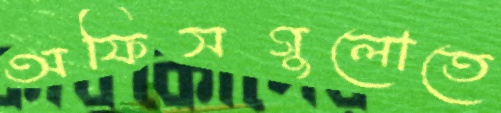
অফিসগুলোতে